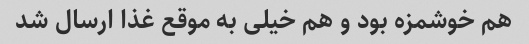
هم خوشمزه بود و هم خیلی به موقع غذا ارسال شد